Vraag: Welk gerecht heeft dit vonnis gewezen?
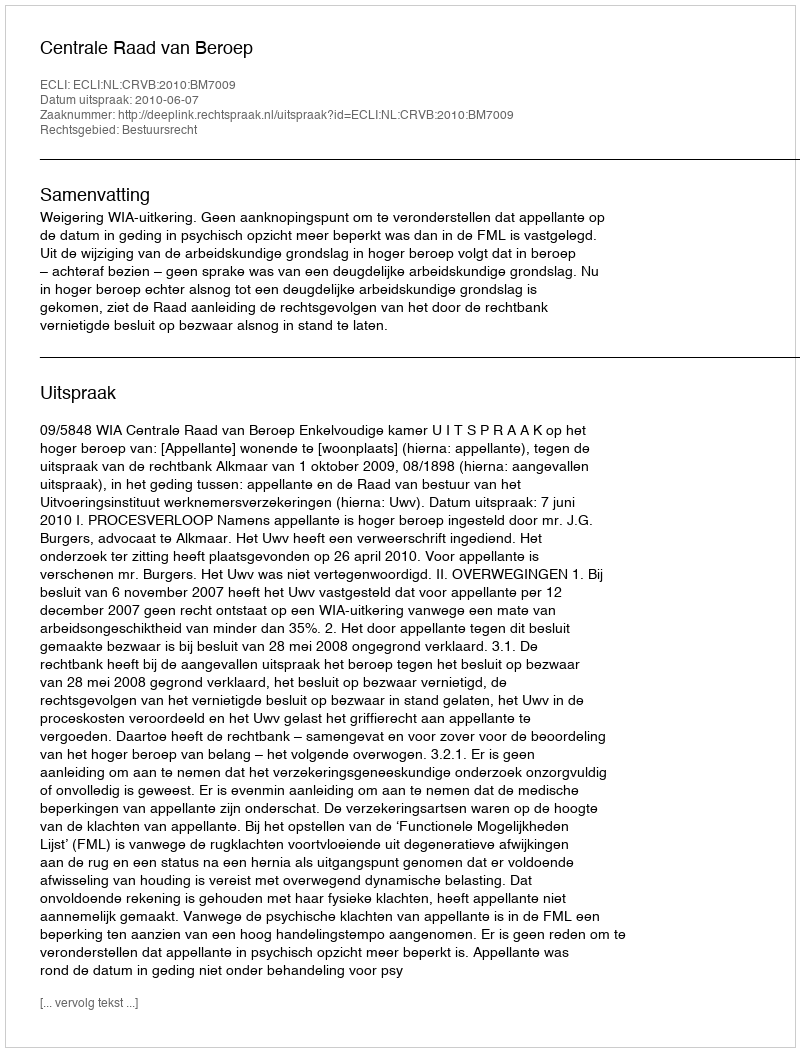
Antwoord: Centrale Raad van Beroep